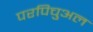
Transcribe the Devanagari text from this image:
परपिचुअल